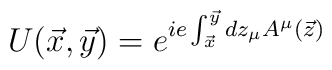
U(\vec{x},\vec{y})=e^{ie\int _{\vec{x}}^{\vec{y}}dz_{\mu}A^{\mu}(\vec{z})}